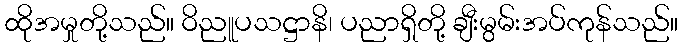
ထိုအမှုတို့သည်။ ဝိညူပသဋ္ဌာနိ၊ ပညာရှိတို့ ချီးမွမ်းအပ်ကုန်သည်။